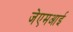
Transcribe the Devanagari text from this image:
जेएमआई